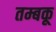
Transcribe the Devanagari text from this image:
तम्बकू